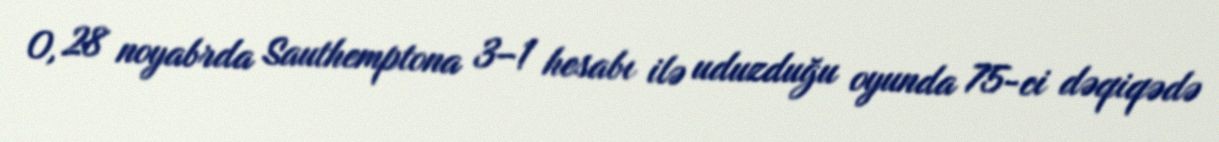
O, 28 noyabrda Sauthemptona 3–1 hesabı ilə uduzduğu oyunda 75-ci dəqiqədə